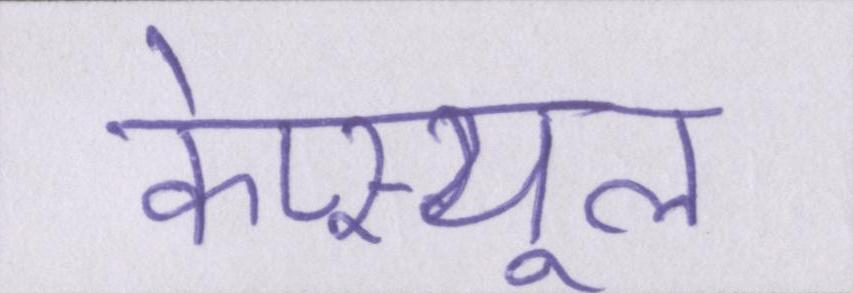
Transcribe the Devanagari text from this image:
केप्स्यूल